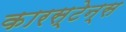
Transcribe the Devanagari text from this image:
कारस्टेन्स